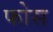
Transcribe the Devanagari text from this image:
फोस